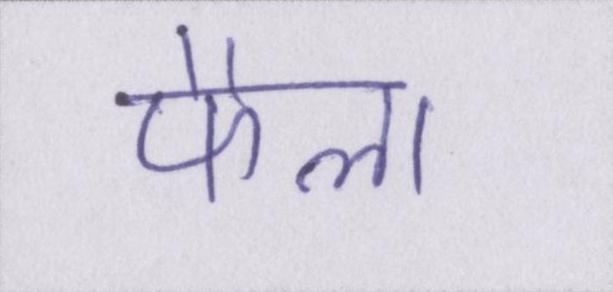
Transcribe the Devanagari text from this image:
फैला